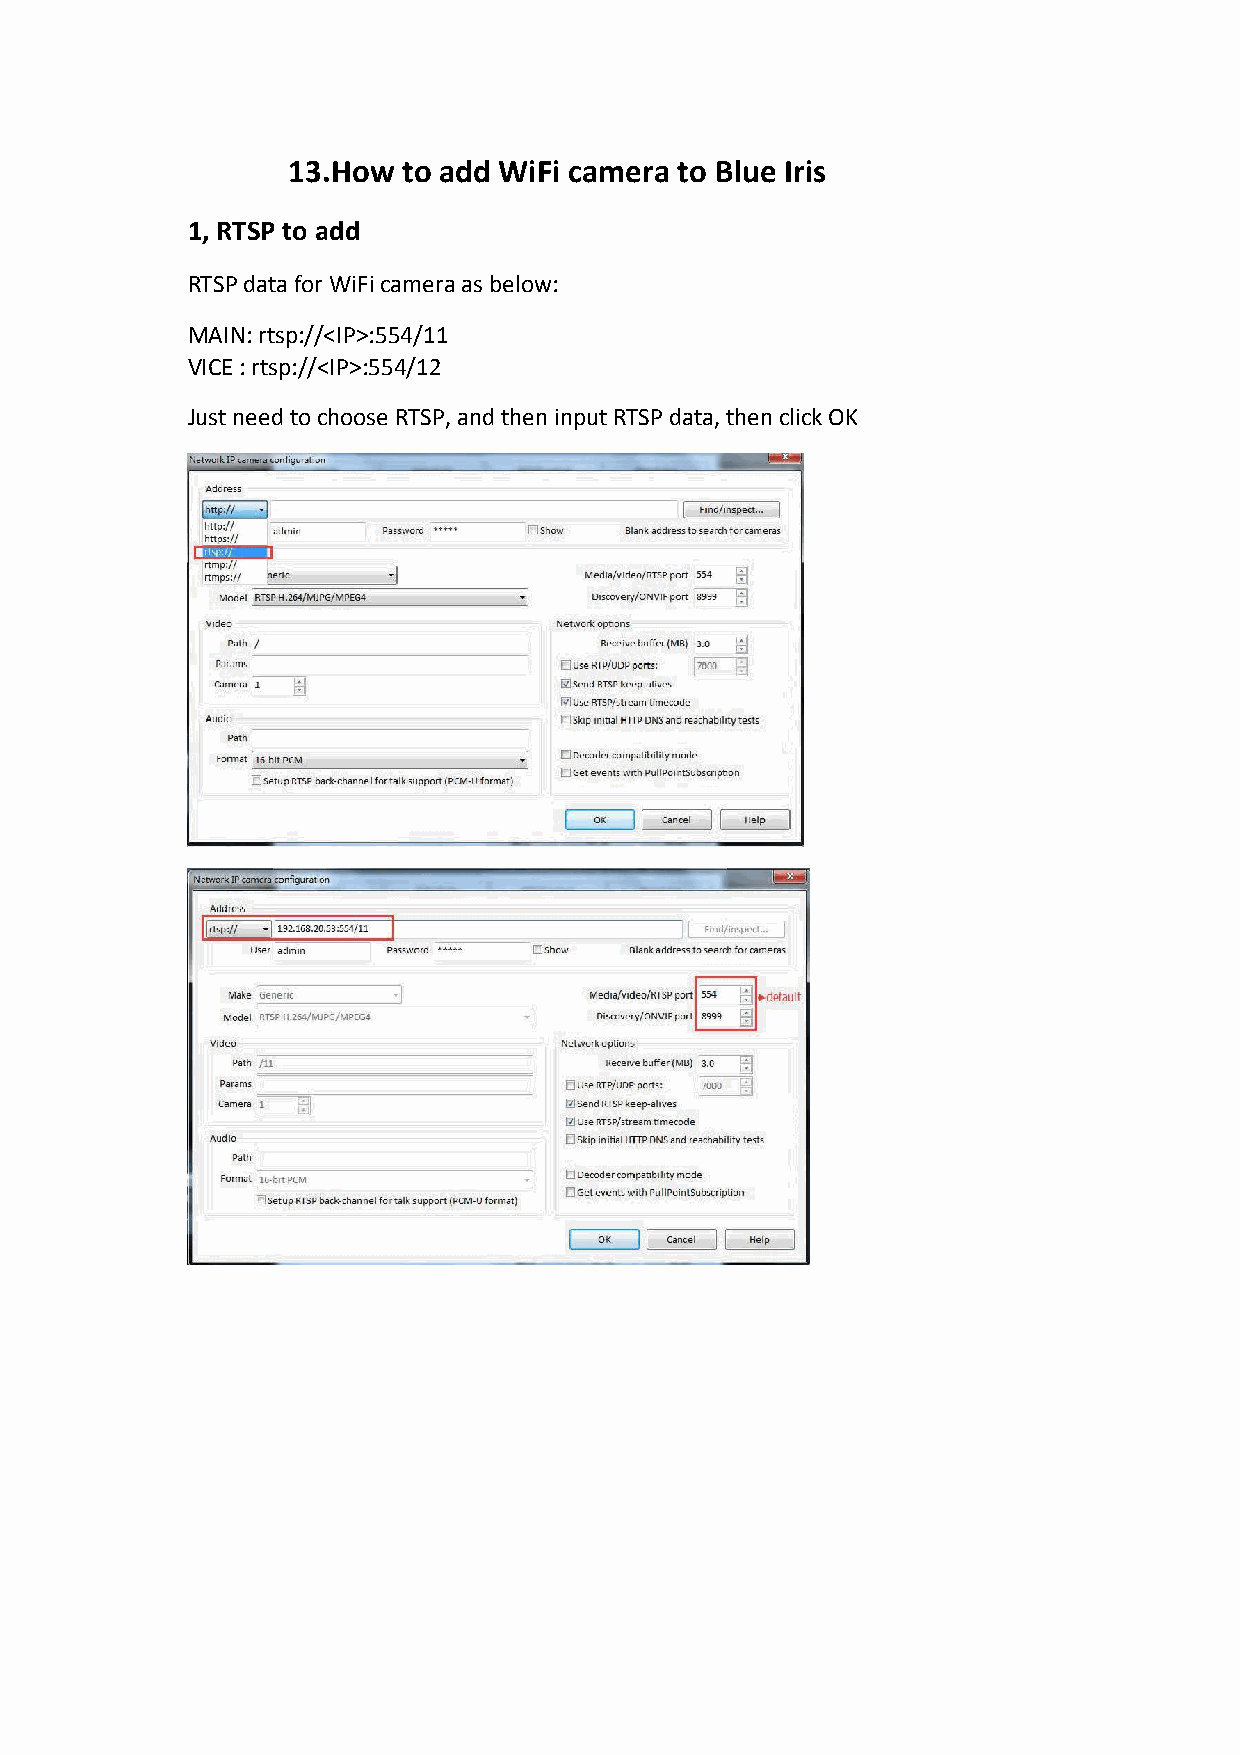
13.How  to add WiFi camera to Blue Iris
 1, RTSP to add
 RTSP data for WiFi camera as below:
 MAIN: rtsp://<IP>:554/11
 VICE : rtsp://<IP>:554/12
 Just need to choose RTSP, and then input RTSP data, then click OK